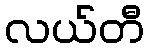
လယ်တီ